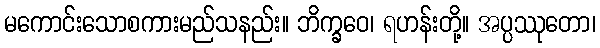
မကောင်းသောစကားမည်သနည်း။ ဘိက္ခဝေ၊ ရဟန်းတို့။ အပ္ပဿုတော၊